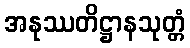
အနုဿတိဋ္ဌာနသုတ္တံ